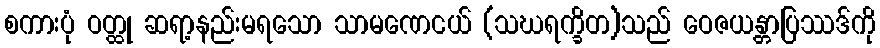
စကားပုံ ဝတ္ထု ဆရာ့နည်းမရသော သာမဏေငယ် (သဃရက္ခိတ)သည် ဝေဇယန္တာပြဿဒ်ကို